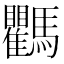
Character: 𩧚